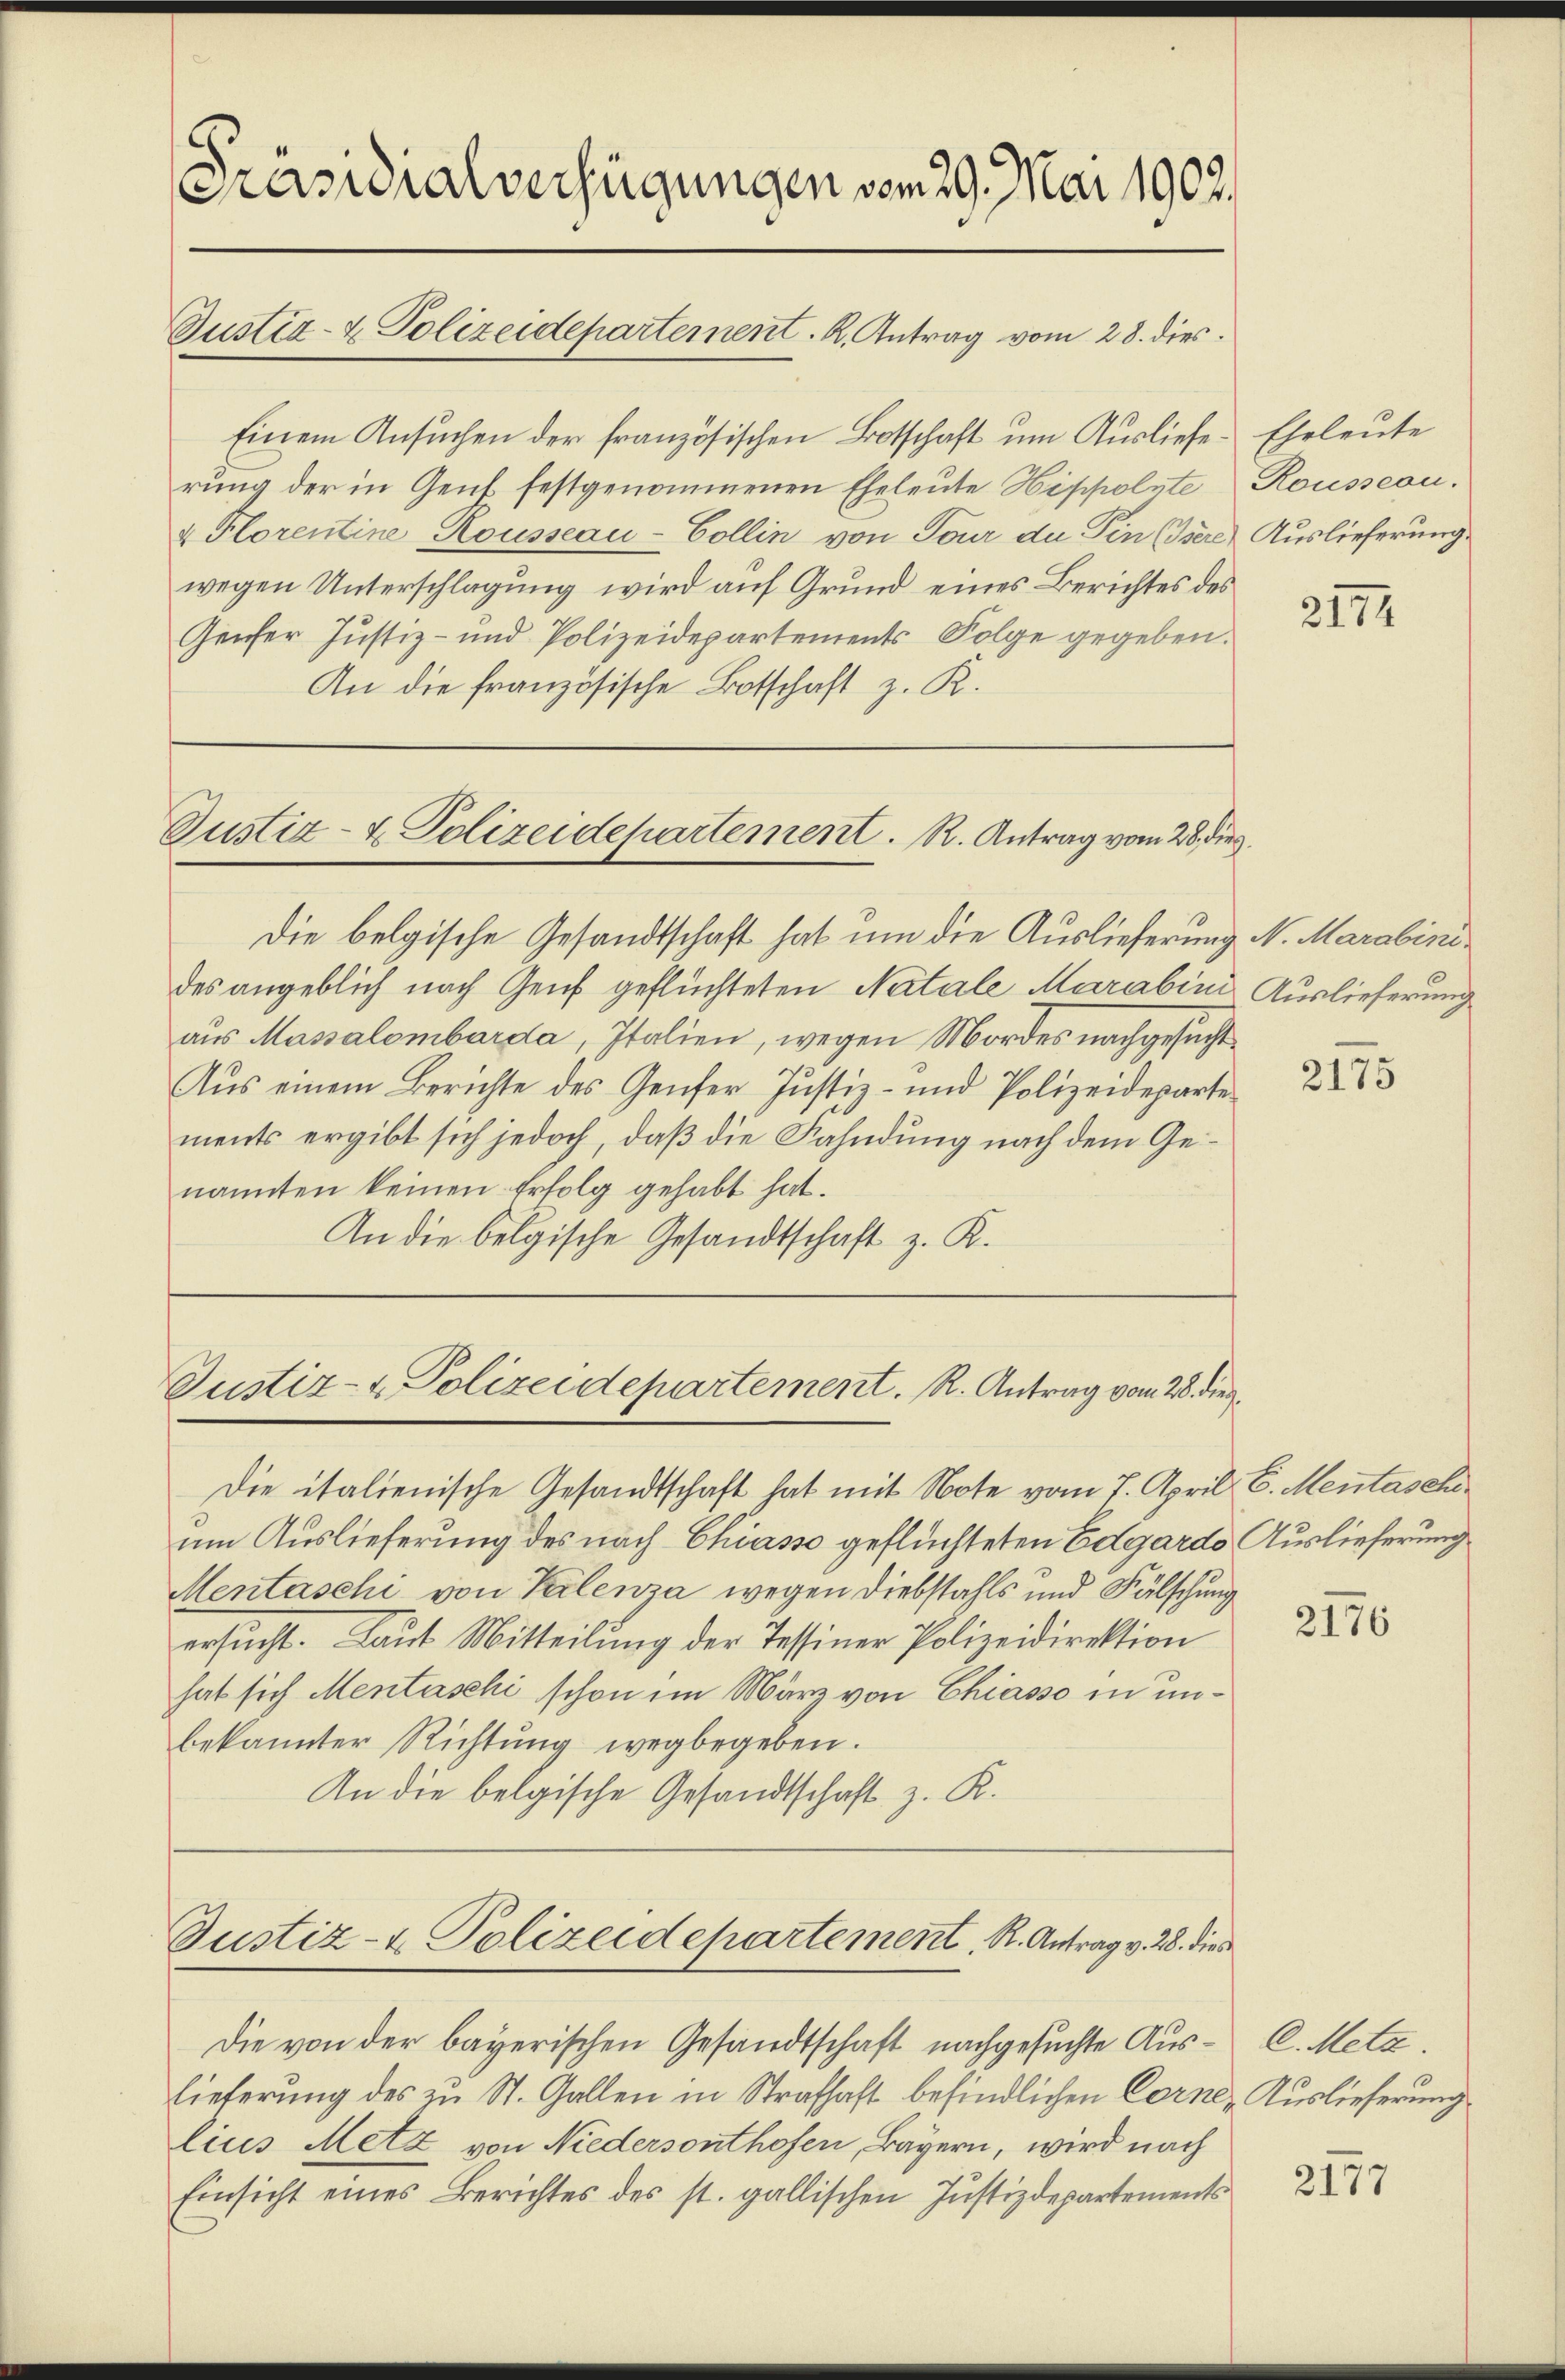
[Präsidialverfügungen vom 29. Mai 1902.
Justiz- & Polizeidepartement. K. Antrag vom 28. dies

Einem Ansuchen der französischen Botschaft um Ausliefe. Eheleute

rung der in Genf festgenommenen Eheleute Hippolste Rousseau.
& Florentine Rousseau-Collin von Tour du Pin (Isere Auslieferung
wegen Unterschlagung wird auf Grund eines Berichtes des
Genfer Justiz- und Polizeidepartements Folge gegeben.
An die französische Botschaft z. K.

Justiz- & Polizeidepartement. R. Antrag vom 28. die

Die belgische Gesandtschaft hat um die Auslieferung N. Marabinides angeblich nach Genf geflüchteten Natale Marabini
aus Massalombarda, Italien, wegen Mordes nachgesucht
Aus einem Berichte des Genfer Justiz- und Polizeideparte
ments ergibt sich jedoch, daß die Fahndung nach dem Genannten keinen Erfolg gehabt hat.
An die belgische Gesandtschaft z. K.

Justiz- & Polizeidepartement. R. Antrag vom 28. die

Die italienische Gesandtschaft hat mit Note vom 7. April 6. Mentasche
um Auslieferung des nach Chiasso geflüchteten Edgardo Auslieferung
Mentaschi von Kalenza wegen Diebstahls und Fälschung
ersucht. Laut Mitteilung der Tessiner Polizeidirektion
hat sich Mentaschi schon im März von Chiasso in unbekannter Richtung wegbegeben.
An die belgische Gesandtschaft z. R.

Justiz- & Polizeidepartement. R. Antrag v. 28. dies

lieferung des zu St. Gallen in Strafhaft befindlichen Corne, Auslieferung
lius Metz von Niedersonthofen, Bayern, wird nach
Einsicht eines Berichtes des st. gallischen Justizdepartements

Die von der bayerischen Gesandtschaft nachgesuchte Aus- C. Meta

2174

Auslieferung

2175

2176

2177